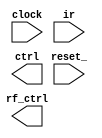
//THIS CODE WAS GENERATED USING THE FASTPATHLOGIC CSL COMPILER
//COPYRIGHT (c) 2005, 2006 FastpathLogic Inc

module mengine(clock,
               reset_,
               ir,
               rf_ctrl,
               ctrl);
  input [0:0] clock;
  input [0:0] reset_;
  input [31:0] ir;
  output [25:0] rf_ctrl;
  output [5:0] ctrl;
  mmux mmux( );
  mpc mpc( );
  mrom mrom( );
  mir mir( );
  mdecode mdecode( );
  mctrl mctrl( );
endmodule

module mmux(ir_mux_jmpto,
            ml_start,
            ir_mux_addr,
            mux_pc_next_addr);
  input [5:0] ir_mux_jmpto;
  input [5:0] ml_start;
  input [0:0] ir_mux_addr;
  output [0:0] mux_pc_next_addr;
  //behavior
  assign mux_pc_next_addr = ir_mux_addr ? ml_start : ir_mux_jmpto;
  //end behavior
endmodule

module mpc(clock,
           reset_,
           ldmpc,
           mux_pc_next_addr,
           pc_rom_addr);
  input [0:0] clock;
  input [0:0] reset_;
  input [0:0] ldmpc;
  input [0:0] mux_pc_next_addr;
  output [5:0] pc_rom_addr;
endmodule

module mrom(pc_rom_addr,
            rom_ir_instr);
  input [5:0] pc_rom_addr;
  output [31:0] rom_ir_instr;
  
  reg [31:0] inst_rom[0:63];
  reg [31:0] instr;
  integer i;
  //behavior
  assign rom_ir_instr = inst_rom[pc_rom_addr];
  initial begin
      instr = 0;
       for(i=0; i<=63; i=i+1) begin
           inst_rom[i] = instr;
           instr = instr + 1;
       end
   end
   //end behavior
endmodule

module mir(clock,
           reset_,
           ldmir,
           rom_ir_instr,
           ir_mux_jmpto,
           ir_dec_instr);
  input [0:0] clock;
  input [0:0] reset_;
  input [0:0] ldmir;
  input [31:0] rom_ir_instr;
  output [5:0] ir_mux_jmpto;
  output [24:0] ir_dec_instr;
endmodule

module mdecode(ir_dec_instr,
               dec_ctrl_sgn,
               ctrl);
  input [24:0] ir_dec_instr;
  output [5:0] dec_ctrl_sgn;
  output [5:0] ctrl;
endmodule

module mctrl(clock,
             reset_,
             ldmpc,
             ldmir,
             dec_ctrl_sgn,
             ir_mux_addr);
  input [0:0] clock;
  input [0:0] reset_;
  output [0:0] ldmpc;
  output [0:0] ldmir;
  input [5:0] dec_ctrl_sgn;
  output [0:0] ir_mux_addr;
endmodule